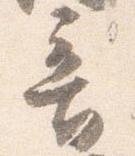
音